NAE_EAA_P-1050_Enda_Kallas, lk 5
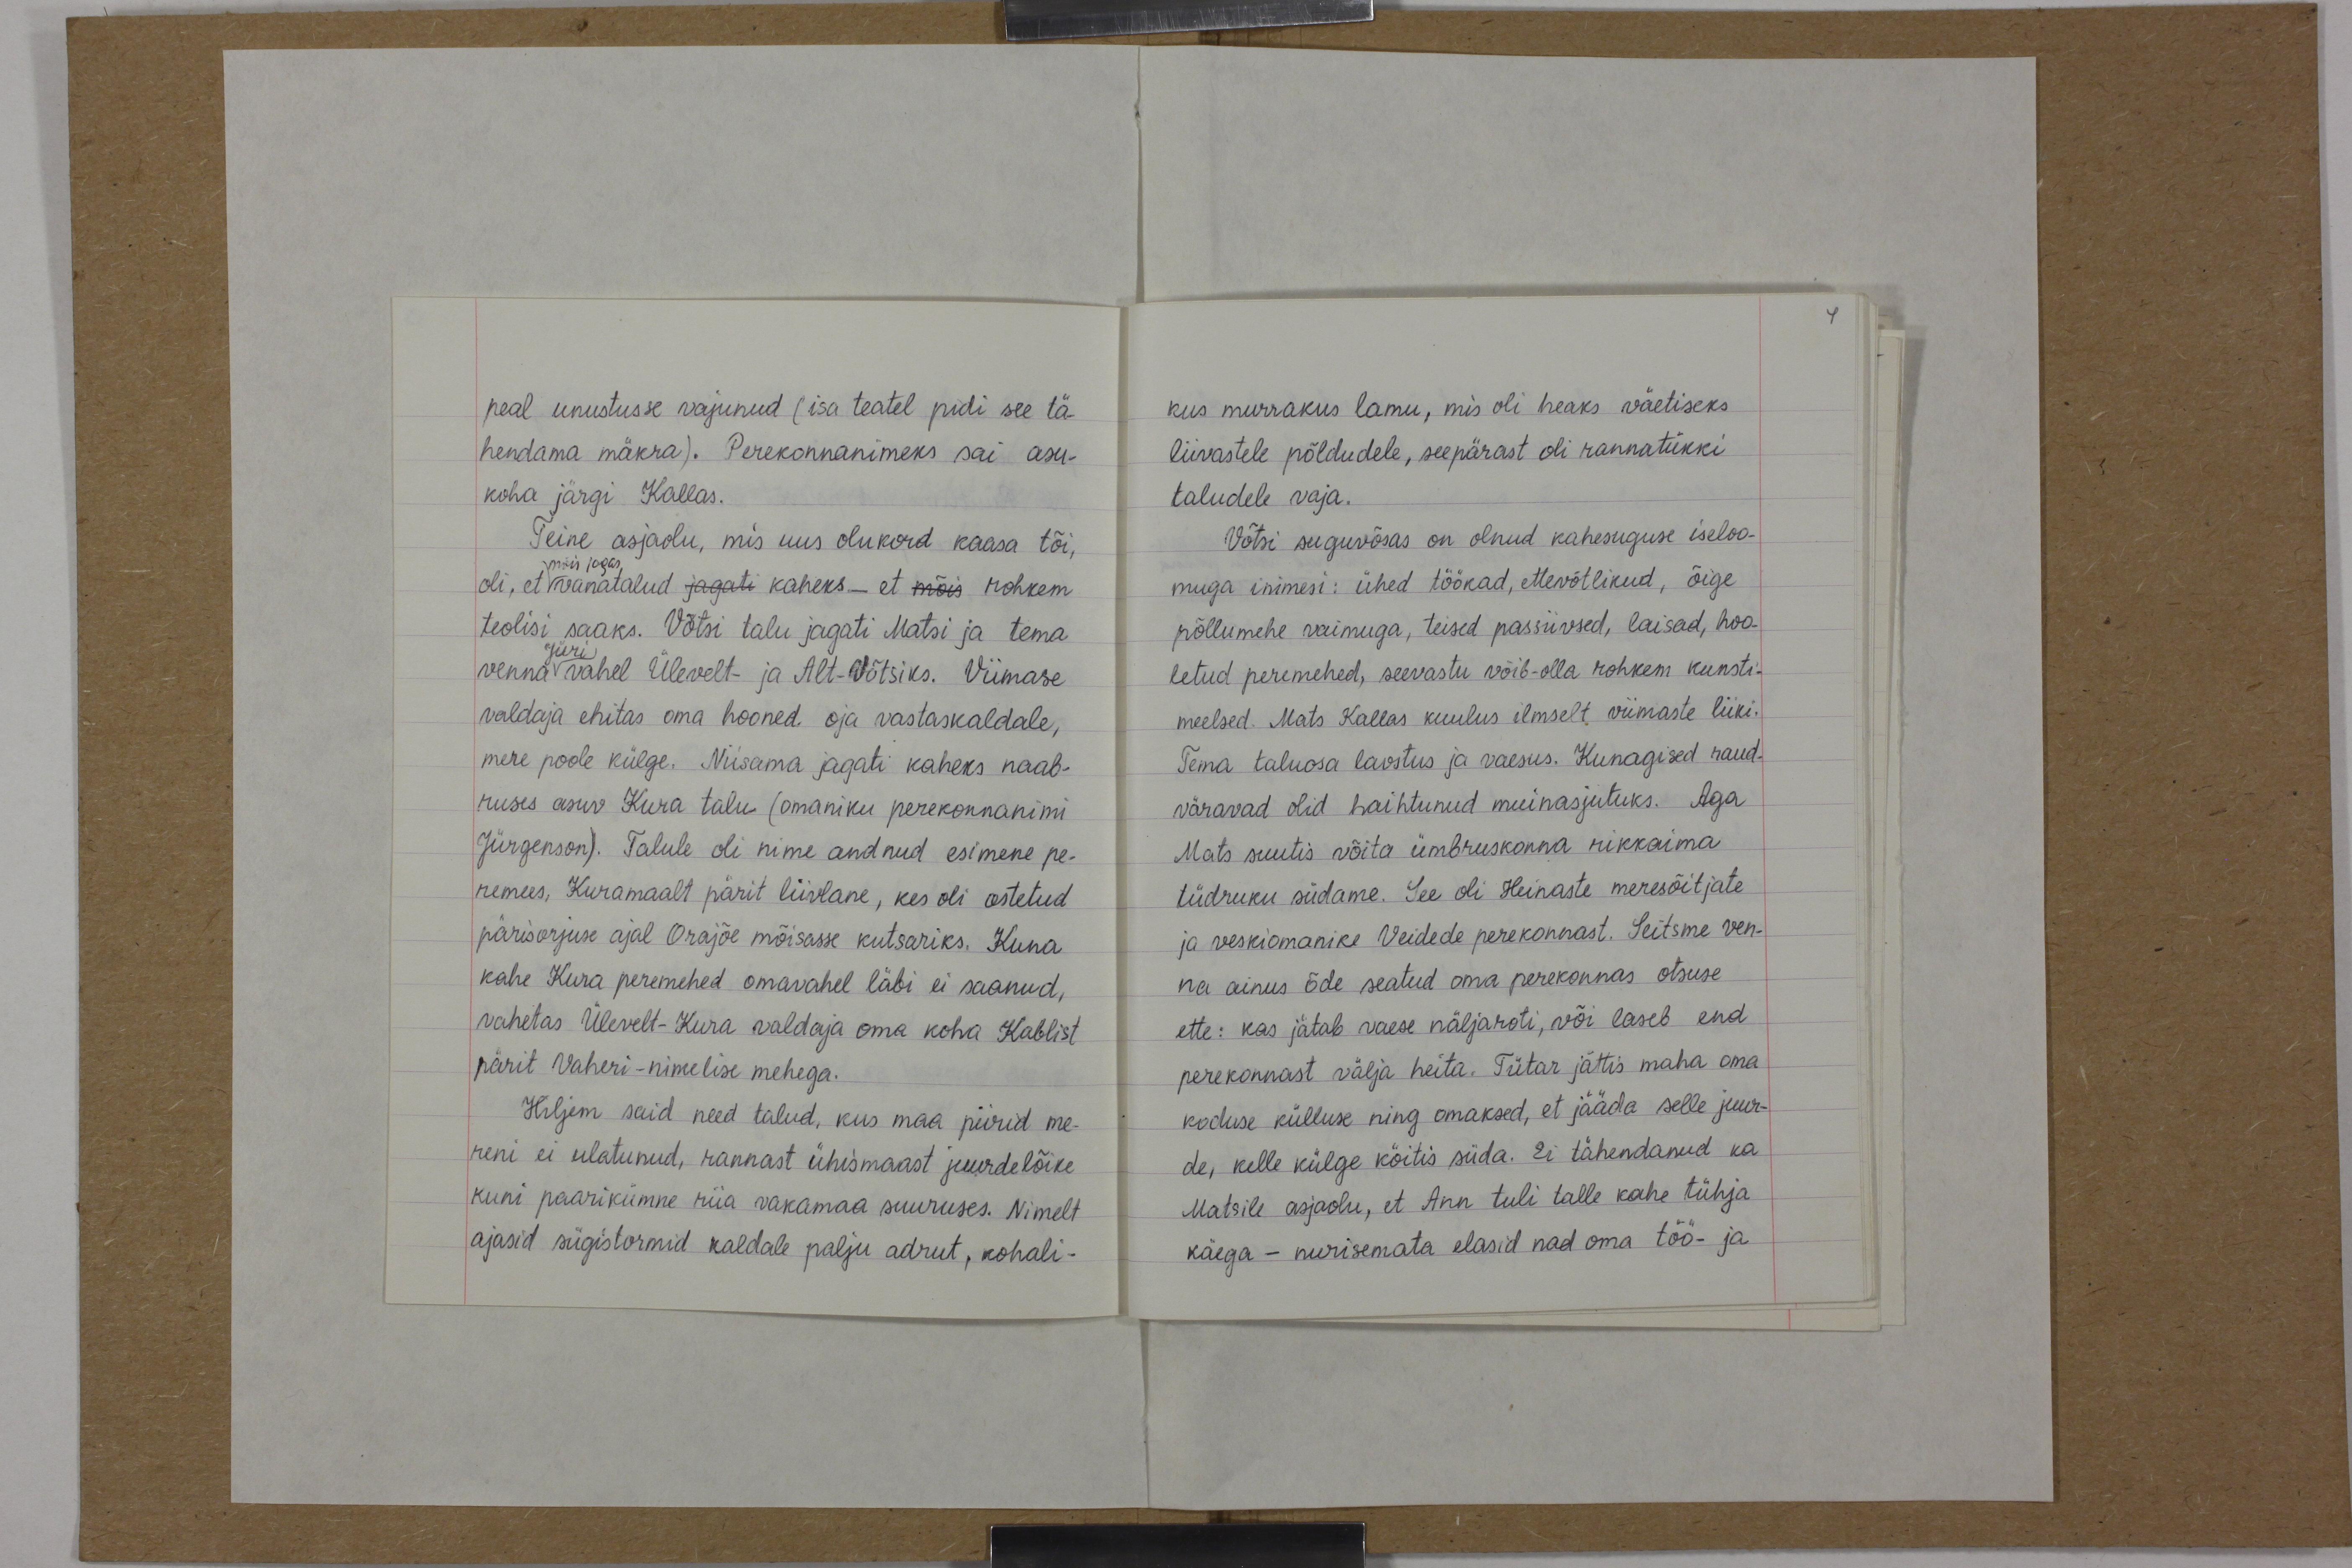
peal unustusse vajunud (isa teatel pidi see tä-
hendama mäkra). Perekonnanimeks sai asu-
koha järgi Kallas.
Teine asjaolu, mis uus olukord kaasa tõi,
mõis jagas,
oli, et vanatalud jagati kaheks - et mõis rohkem
teolisi saaks. Võtsi talu jagati Matsi ja tema
Jüri
venna vahel Ülevelt- ja Alt-Võtsiks. Viimase
valdaja ehitas oma hooned oja vastaskaldale,
mere poole külge. Niisama jagati kaheks naab-
ruses asuv Kura talu (omaniku perekonnanimi
Jürgenson). Talule oli nime andnud esimene pe-
nemees, Kuramaalt pärit liivlane, kes oli ostetud
pärisorjuse ajal Orajõe mõisasse kutsariks. Kuna
kahe Kura peremehed omavahel läbi ei saanud,
vahetas Ülevelt-Kura valdaja oma koha Kablist
pärit Vaheri-nimelise mehega.
Hiljem said need talud, kus maa piirid me-
reni ei ulatanud, rannast ühismaast juurdelõike
kuni paarikümne riia vakamaa suuruses. Nimelt
ajasid sügistormid kaldale palju adrut, kohali-

kus murrakus lamu, mis oli heaks väetiseks
liivastele põldudele, seepärast oli rannatükki
taludele vaja.
Võtsi suguvõsas on olnud kahesuguse iseloo-
muga inimesi: ühed töökad, ettevõtlikud, õige
põllumehe vaimuga, teised passiivsed, laisad, hoo-
letud peremehed, seevastu võib-olla rohkem kunsti-
meelsed. Mats Kallas kuulus ilmselt viimaste liiki.
Tema taluosa laostus ja vaesus. Kunagised raud-
väravad olid haihtunud muinasjutuks. Aga
Mats suutis võita ümbruskonna rikkaima
tüdruku südame. See oli Heinaste meresõitjate
ja veskiomanike Veidede perekonnast. Seitsme ven-
na ainus õde seatud oma perekonnas otsuse
ette: kas jätab vaese näljaroti, või laseb end
perekonnast välja heita. Tütar jättis maha oma
koduse külluse ning omaksed, et jääda selle juur-
de, kelle külge köitis süda. Ei tähendanud ka
Matsile asjaolu, et Ann tuli talle kahe tühja
käega - nurisemata elasid nad oma töö- ja